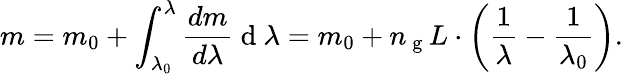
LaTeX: m=m_{0}+\int_{\lambda_{0}}^{\lambda}\frac{dm}{d\lambda}\mathrm{~d~}\lambda=m_{0}+n_{\mathrm{~g~}}L\cdot\left(\frac{1}{\lambda}-\frac{1}{\lambda_{0}}\right).